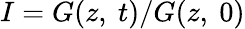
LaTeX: I=G(z,\ t)/G(z,\ 0)